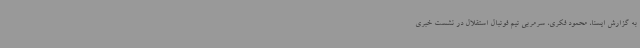
به گزارش ایسنا، محمود فکری، سرمربی تیم فوتبال استقلال در نشست خبری